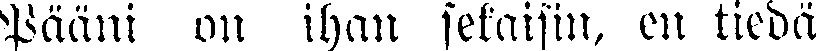
Pääni on ihan sekaisin, en tiedä